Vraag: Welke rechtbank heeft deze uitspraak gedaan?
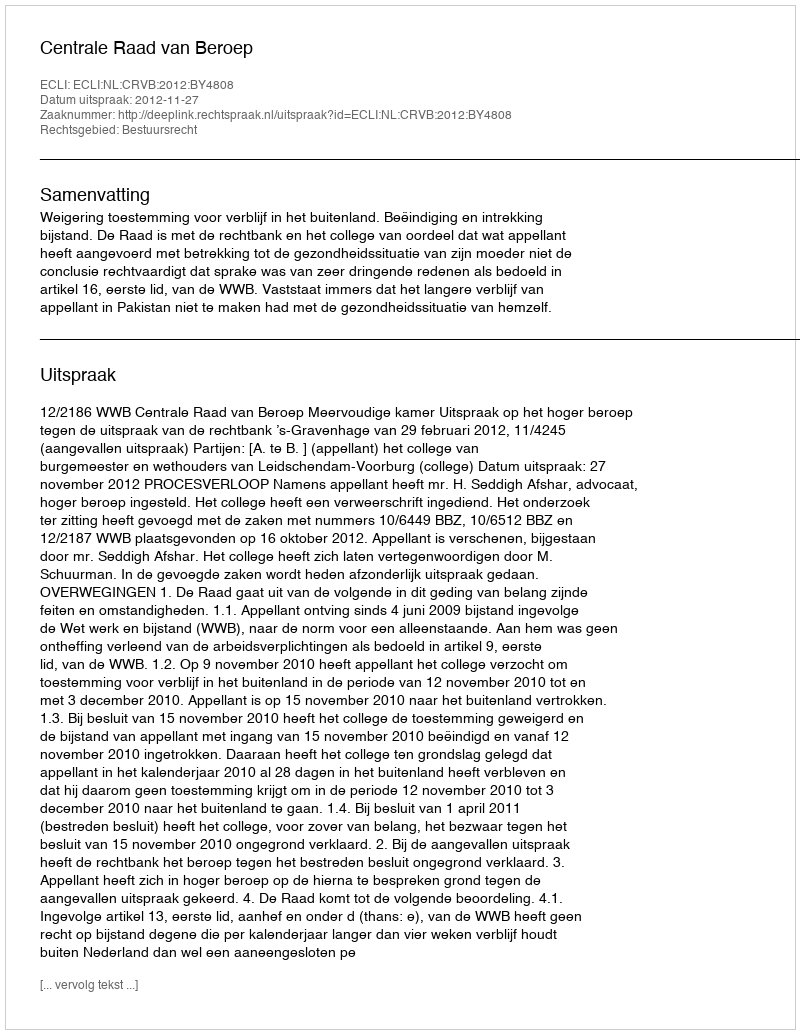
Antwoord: Centrale Raad van Beroep